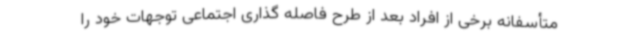
متأسفانه برخی از افراد بعد از طرح فاصله گذاری اجتماعی توجهات خود را